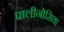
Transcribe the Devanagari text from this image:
पालीनोसिया